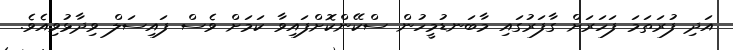
އަދި ފުރަތަމަ ފަހަރަށް ގާފަރުގައި މާބަނޑުމީހުން ސްކޭންކޮށްފައިވާ ކަމަށް ވެސް ފައިސަލް ވިދާޅުވިއެވެ.